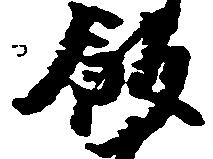
飯